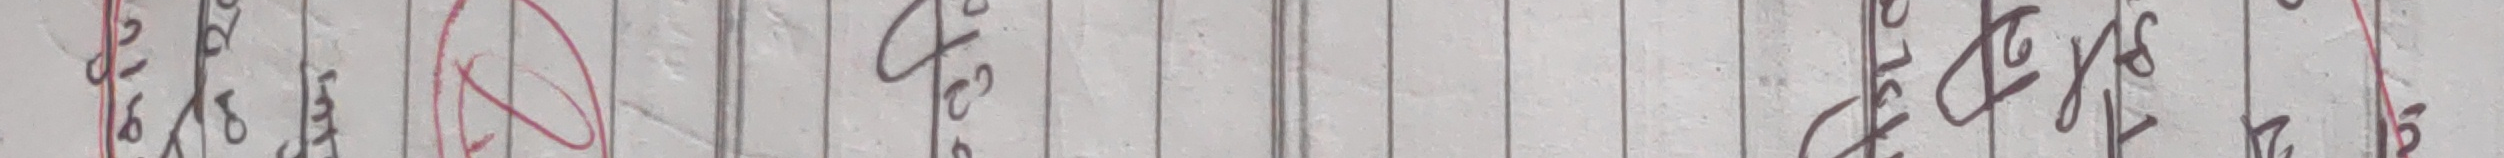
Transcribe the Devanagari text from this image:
२/१८ पजेन्टमा २ १८